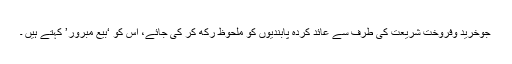
جوخرید وفروخت شریعت کی طرف سے عائد کردہ پابندیوں کو ملحوظ رکھ کر کی جائے، اس کو ‘بیع مبرور’ کہتے ہیں ۔